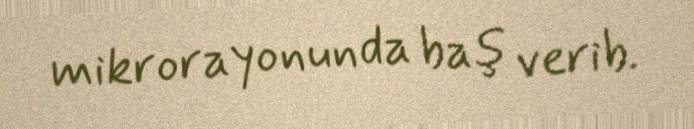
mikrorayonunda baş verib.